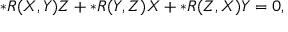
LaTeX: \ast R ( X , Y ) Z + \ast R ( Y , Z ) X + \ast R ( Z , X ) Y = 0 ,